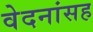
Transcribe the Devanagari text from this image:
वेदनांसह